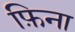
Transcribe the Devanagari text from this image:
फ़िना